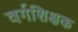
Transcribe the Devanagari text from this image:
वर्गशिक्षक